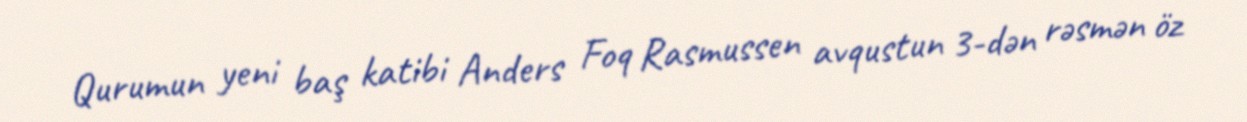
Qurumun yeni baş katibi Anders Foq Rasmussen avqustun 3-dən rəsmən öz